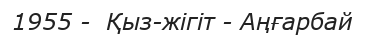
1955 -  Қыз-жігіт - Аңғарбай